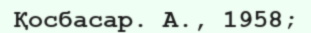
Қосбасар. А., 1958;